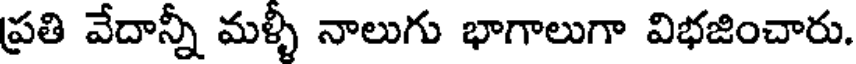
ప్రతి వేదాన్నీ మళ్ళీ నాలుగు భాగాలుగా విభజించారు.